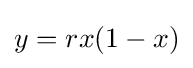
y=rx(1-x)